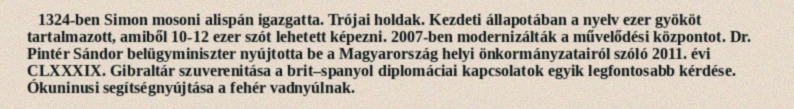
1324-ben Simon mosoni alispán igazgatta. Trójai holdak. Kezdeti állapotában a nyelv ezer gyököt tartalmazott, amiből 10-12 ezer szót lehetett képezni. 2007-ben modernizálták a művelődési központot. Dr. Pintér Sándor belügyminiszter nyújtotta be a Magyarország helyi önkormányzatairól szóló 2011. évi CLXXXIX. Gibraltár szuverenitása a brit–spanyol diplomáciai kapcsolatok egyik legfontosabb kérdése. Ókuninusi segítségnyújtása a fehér vadnyúlnak.